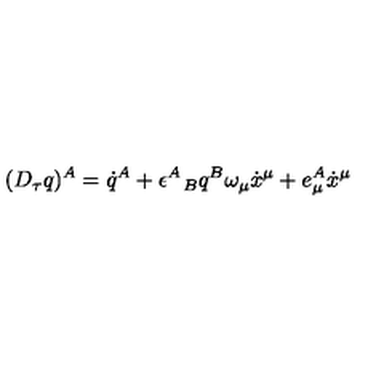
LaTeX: ( D _ { \tau } q ) ^ { A } = \dot { q } ^ { A } + \epsilon ^ { A } \! \! { \phantom { \epsilon } } _ { B } q ^ { B } \omega _ { \mu } \dot { x } ^ { \mu } + e _ { \mu } ^ { A } \dot { x } ^ { \mu }